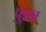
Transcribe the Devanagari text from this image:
पुइन